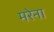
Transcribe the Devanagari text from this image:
मरेना